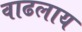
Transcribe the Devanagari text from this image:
वाढलाय